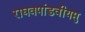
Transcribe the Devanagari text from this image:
राघवपांडवीयमु